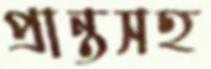
প্রান্তসহ